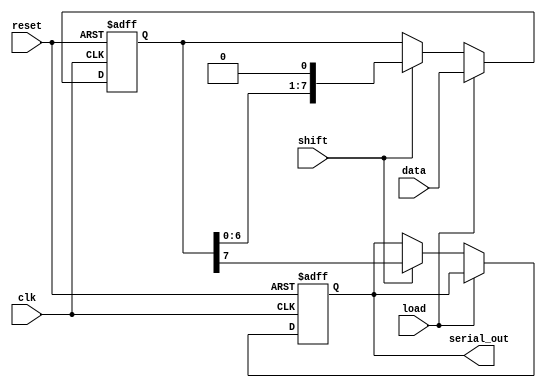
module PISO_Register (
    input wire [7:0] data,      // 8-bit parallel data input
    input wire load,            // Load control signal
    input wire shift,           // Shift control signal
    input wire clk,             // Clock signal
    input wire reset,           // Asynchronous reset signal
    output reg serial_out       // Serial output
);

    reg [7:0] shift_reg;        // Internal shift register

    // Asynchronous reset and loading of data
    always @(posedge clk or posedge reset) begin
        if (reset) begin
            shift_reg <= 8'b0;   // Clear the shift register
            serial_out <= 1'b0;  // Reset serial output
        end else if (load) begin
            shift_reg <= data;   // Load parallel data into the register
        end else if (shift) begin
            // Shift the data out serially
            serial_out <= shift_reg[7]; // Output the MSB
            shift_reg <= {shift_reg[6:0], 1'b0}; // Shift left and fill LSB with 0
        end
    end

endmodule